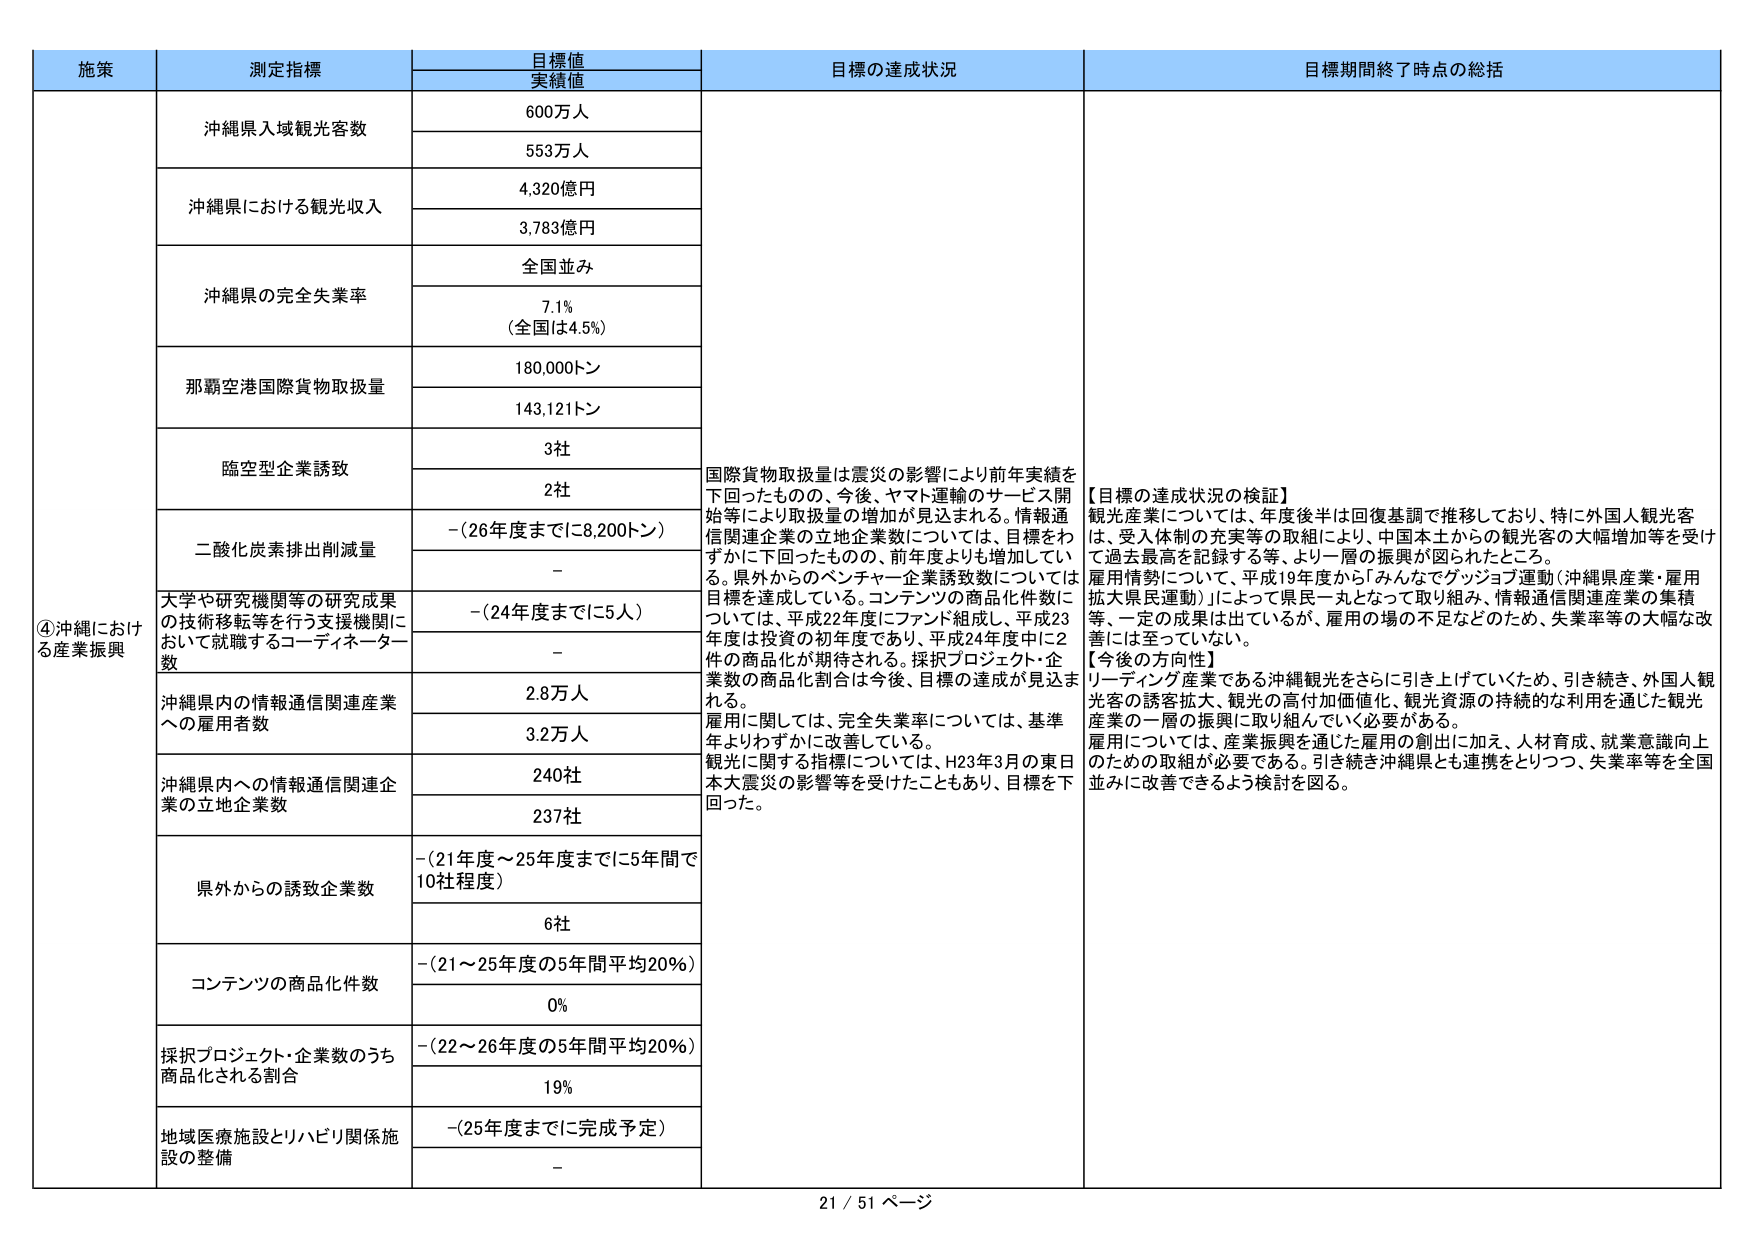
施策
測定指標
目標値
実績値
目標の達成状況
目標期間終了時点の総括
④沖縄における産業振興
沖縄県入域観光客数
600万人
553万人
沖縄県における観光収入
4,320億円
3,783億円
沖縄県の完全失業率
全国並み
7.1％
（全国は4.5％）
那覇空港国際貨物取扱量
180,000トン
143,121トン
臨空型企業誘致
3社
2社
国際貨物取扱量は震災の影響により前年実績を下回ったものの、今後、ヤマト運輸のサービス開始等により取扱量の増加が見込まれる。情報通信関連企業の立地企業数については、目標をわずかに下回ったものの、前年度よりも増加している。県外からのベンチャー企業誘致数については目標を達成している。コンテンツの商品化件数については、平成22年度にファンド組成し、平成23年度は投資の初年度であり、平成24年度中に2件の商品化が期待される。採択プロジェクト・企業数の商品化割合は今後、目標の達成が見込まれる。
雇用に関しては、完全失業率については、基準年よりわずかに改善している。
観光に関する指標については、H23年3月の東日本大震災の影響等を受けたこともあり、目標を下回った。
【目標の達成状況の検証】
観光産業については、年度後半は回復基調で推移しており、特に外国人観光客は、受入体制の充実等の取組により、中国本土からの観光客の大幅増加等を受けて過去最高を記録する等、より一層の振興が図られたところ。
雇用情勢については、平成19年度から「みんなでグッジョブ運動（沖縄県産業・雇用拡大県民運動）」によって県民一丸となって取り組み、情報通信関連産業の集積等、一定の成果は出ているが、雇用の場の不足などのため、失業率等の大幅な改善には至っていない。
【今後の方向性】
リーディング産業である沖縄観光をさらに引き上げていくため、引き続き、外国人観光客の誘客拡大、観光の高付加価値化、観光資源の持続的な利用を通じた観光産業の一層の振興に取り組んでいく必要がある。
雇用については、産業振興を通じた雇用の創出に加え、人材育成、就業意識向上のための取組が必要である。引き続き沖縄県とも連携をとりつつ、失業率等を全国並みに改善できるよう検討を図る。
二酸化炭素排出削減量
－（26年度までに8,200トン）
－
大学や研究機関等の研究成果の技術移転等を行う支援機関において就職するコーディネーター数
－（24年度までに5人）
－
沖縄県内の情報通信関連産業への雇用者数
2.8万人
3.2万人
沖縄県内への情報通信関連企業の立地企業数
240社
237社
県外からの誘致企業数
－（21年度～25年度までに5年間で10社程度）
6社
コンテンツの商品化件数
－（21～25年度の5年間平均20％）
0％
採択プロジェクト・企業数のうち商品化される割合
－（22～26年度の5年間平均20％）
19％
地域医療施設とリハビリ関係施設の整備
－（25年度までに完成予定）
－
21 / 51 ページ